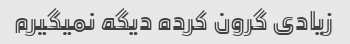
زیادی گرون کرده دیگه نمیگیرم